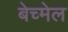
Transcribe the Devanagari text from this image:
बेच्मेल